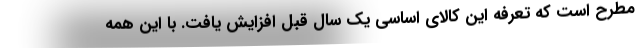
مطرح است که تعرفه این کالای اساسی یک سال قبل افزایش یافت. با این همه